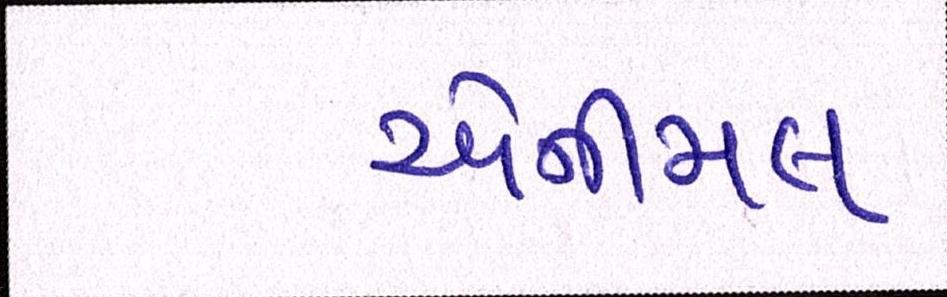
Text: એનીમલ